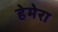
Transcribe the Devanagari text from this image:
हेमेरा